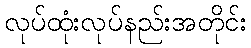
လုပ်ထုံးလုပ်နည်းအတိုင်း